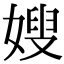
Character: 嫂